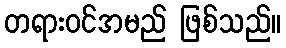
တရားဝင်အမည် ဖြစ်သည်။